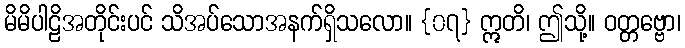
မိမိပါဠိအတိုင်းပင် သိအပ်သောအနက်ရှိသလော။ {၀၇} ဣတိ၊ ဤသို့။ ဝတ္တဗ္ဗော၊